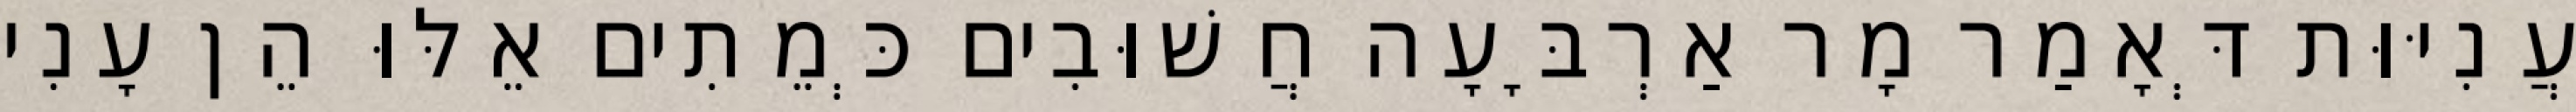
עֲנִיּוּת דְּאָמַר מָר אַרְבָּעָה חֲשׁוּבִים כְּמֵתִים אֵלּוּ הֵן עָנִי